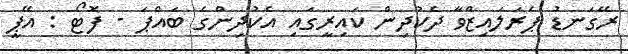
ރޭގަނޑު ޕެރަލައިޒްވާ ދެކުދިން ކައިރީގައި އެކުދިންގެ ބައްޕަ - ފޮޓޯ : އޭޕީ